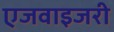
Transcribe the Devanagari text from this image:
एजवाइजरी